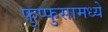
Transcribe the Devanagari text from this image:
फुप्फुसामध्ये